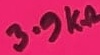
Text: 3.9KΩ